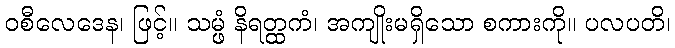
ဝစီလေဒေန၊ ဖြင့်။ သမ္ဖံ နိရတ္ထကံ၊ အကျိုးမရှိသော စကားကို။ ပလပတိ၊